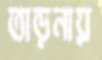
তাড়নায়